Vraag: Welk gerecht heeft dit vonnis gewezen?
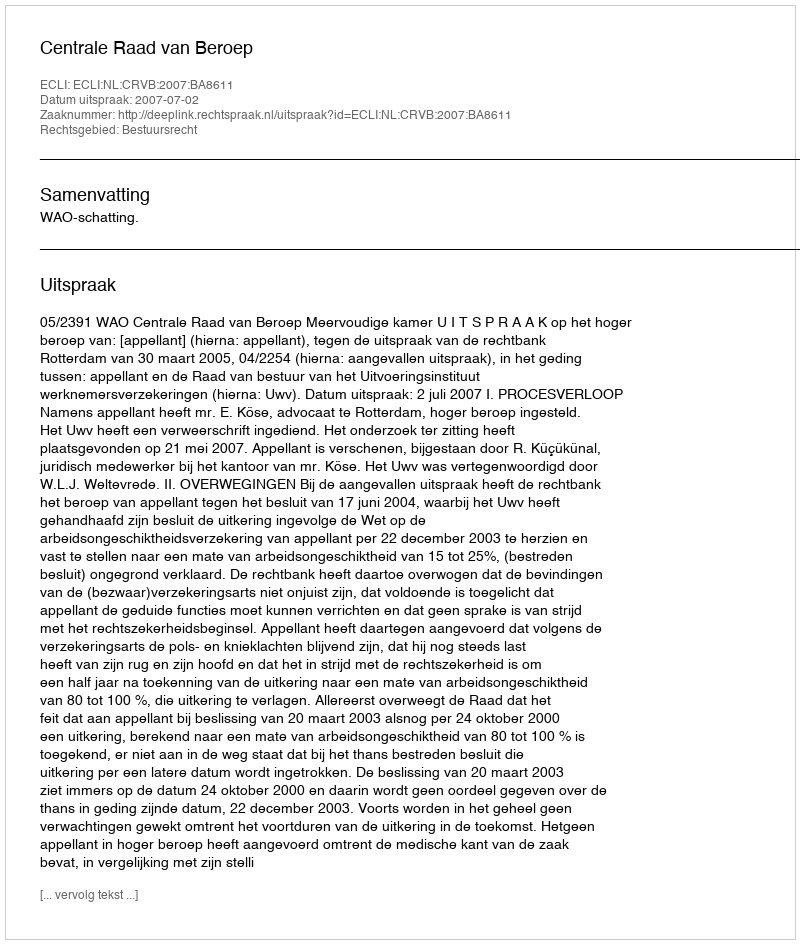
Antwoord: Centrale Raad van Beroep